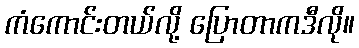
ကံကောင်းတယ်လို့ ပြောတာကဒီလို။